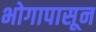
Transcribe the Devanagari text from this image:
भोगापासून